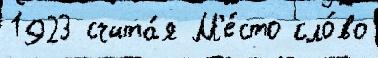
1923 счита́я М'е́сто сло́во